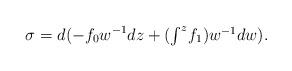
LaTeX: \begin{align*}\sigma = d( - f_{0} w^{-1}dz + (\textstyle\int^{z}\!f_{1}) w^{-1}dw ).\end{align*}